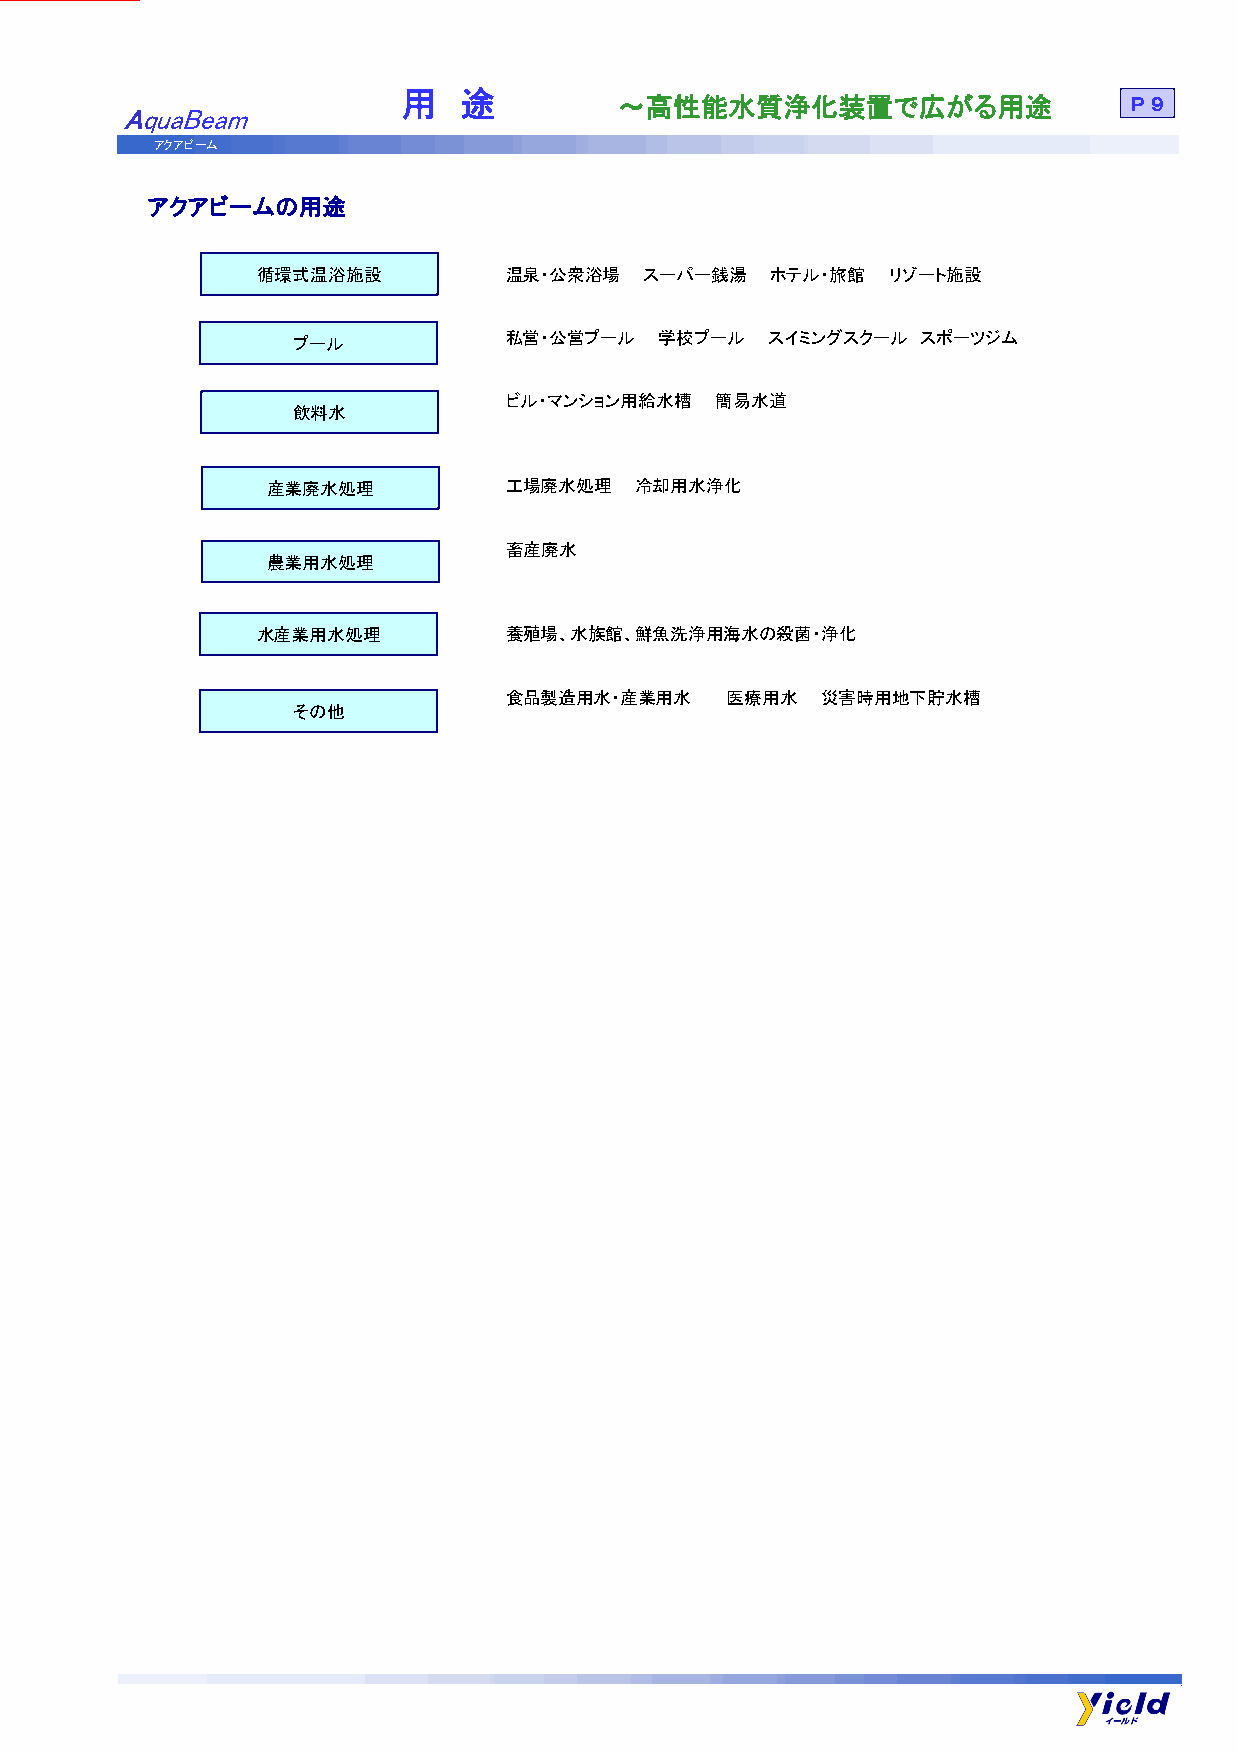
用   途
 ～高性能水質浄化装置で広がる用途                  Ｐ９
 AquaBeam
 アクアビーム
 アクアビームの用途
 循環式温浴施設          温泉・公衆浴場  スーパー銭湯  ホテル・旅館  リゾート施設
 私営・公営プール  学校プール  スイミングスクール スポーツジム
 プール
 ビル・マンション用給水槽 簡易水道
 飲料水
 産業廃水処理          工場廃水処理  冷却用水浄化
 畜産廃水
 農業用水処理
 水産業用水処理          養殖場、水族館、鮮魚洗浄用海水の殺菌・浄化
 食品製造用水・産業用水   医療用水   災害時用地下貯水槽
 その他